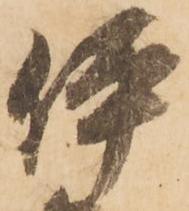
伊